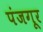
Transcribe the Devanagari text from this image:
पंजगूर